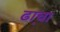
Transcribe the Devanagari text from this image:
ढा़चा